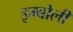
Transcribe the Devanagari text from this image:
इम्बोली